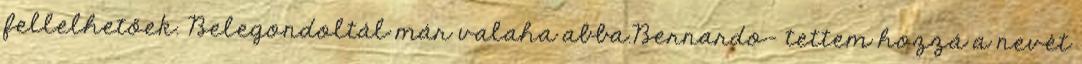
fellelhetőek. Belegondoltál már valaha abba.Bernardo- tettem hozzá a nevét